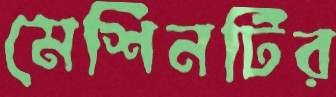
মেশিনটির